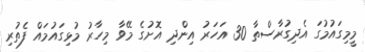
މީމިގައުމުގަ އެދިގުރާސްތާ 30 އަހަރު އިންދި އޮށުގެ މޭވާ މިހާރު މުޅިގައުމައް ފެތުރި